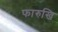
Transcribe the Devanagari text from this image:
फारुखि